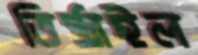
তিষ্ঠাইল